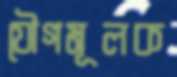
যৌগমূলক